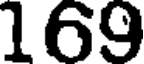
169